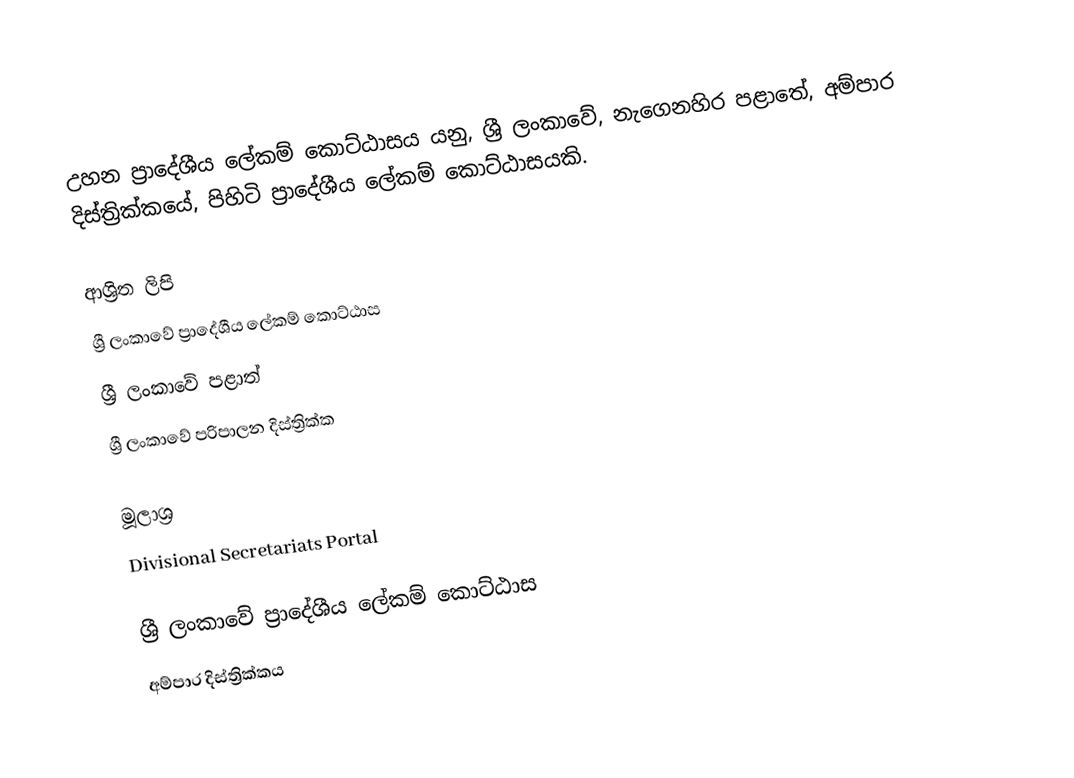
උහන ප්‍රාදේශීය ලේකම් කොට්ඨාසය යනු,  ශ්‍රී ලංකාවේ, නැගෙනහිර පළාතේ,   අම්පාර දිස්ත්‍රික්කයේ, පිහිටි ප්‍රාදේශීය ලේකම් කොට්ඨාසයකි.

ආශ්‍රිත ලිපි
ශ්‍රී ලංකාවේ ප්‍රාදේශීය ලේකම් කොට්ඨාස
ශ්‍රී ලංකාවේ පළාත්
ශ්‍රී ලංකාවේ පරිපාලන දිස්ත්‍රික්ක

මූලාශ්‍ර
 Divisional Secretariats Portal

ශ්‍රී ලංකාවේ ප්‍රාදේශීය ලේකම් කොට්ඨාස
අම්පාර දිස්ත්‍රික්කය